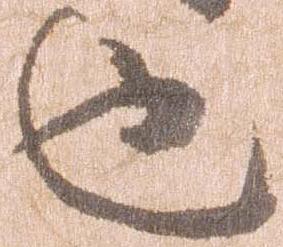
也